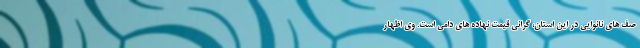
صف های نانوایی در این استان، گرانی قیمت نهاده های دامی است. وی اظهار